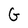
Character: G